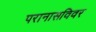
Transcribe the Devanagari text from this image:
परानासविवर